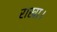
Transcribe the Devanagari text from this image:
राखा।